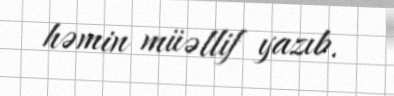
həmin müəllif yazıb.